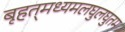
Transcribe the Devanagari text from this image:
बृहत्‌मध्यमलघुलघुतम